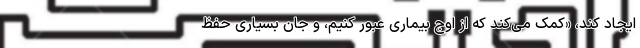
ایجاد کند، «کمک می‌کند که از اوجِ بیماری عبور کنیم، و جان بسیاری حفظ